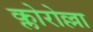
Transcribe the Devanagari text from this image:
क्लोरोल्ला